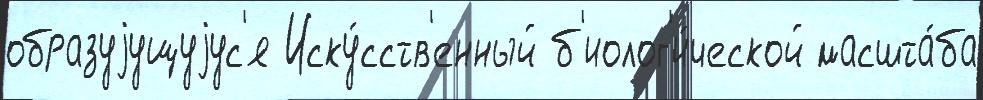
образуjущуjус'я Иску́сств'енный б'иолог'и́ческой масшта́ба